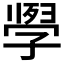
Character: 𭓗